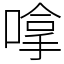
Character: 嗱